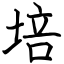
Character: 培